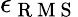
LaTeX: \epsilon_{\mathrm{~R~M~S~}}